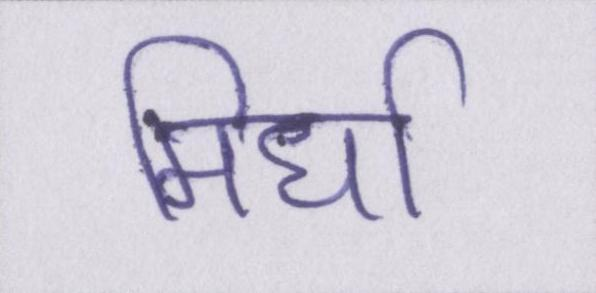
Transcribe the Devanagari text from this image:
मिर्धा